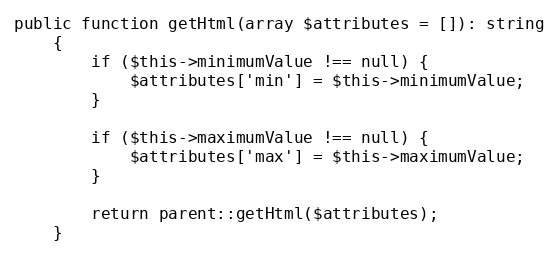
Language: PHP
public function getHtml(array $attributes = []): string
    {
        if ($this->minimumValue !== null) {
            $attributes['min'] = $this->minimumValue;
        }

        if ($this->maximumValue !== null) {
            $attributes['max'] = $this->maximumValue;
        }

        return parent::getHtml($attributes);
    }